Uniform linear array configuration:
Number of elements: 12
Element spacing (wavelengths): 0.5
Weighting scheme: hamming
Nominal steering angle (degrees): -45
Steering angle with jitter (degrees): -45.722
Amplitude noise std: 0.05
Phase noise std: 0.05

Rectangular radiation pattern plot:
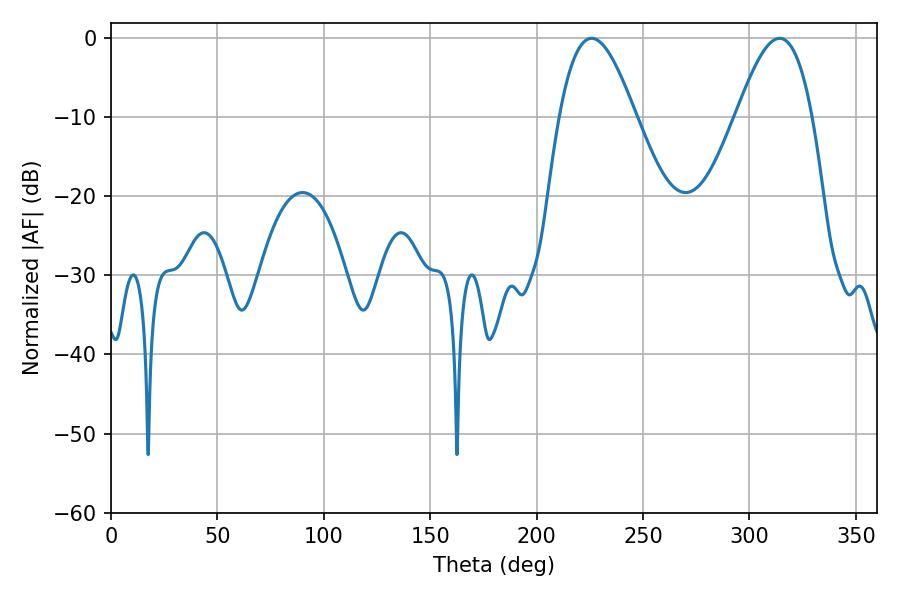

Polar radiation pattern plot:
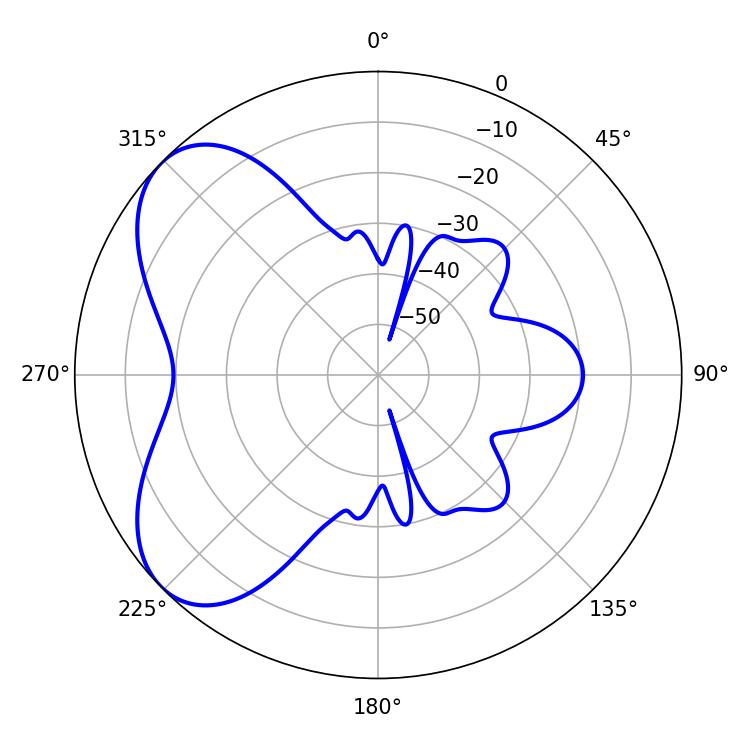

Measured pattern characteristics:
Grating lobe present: FALSE
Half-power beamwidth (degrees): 19.26
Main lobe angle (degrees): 225.9